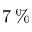
7 \, \%